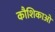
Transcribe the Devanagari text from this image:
कौशिकाओ